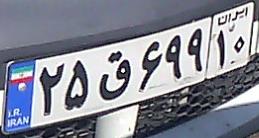
۲۵ق۶۶۹۱۰